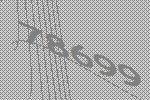
78699